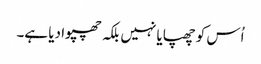
اُس کو چھپایا نہیں بلکہ چھپوا دیا ہے۔